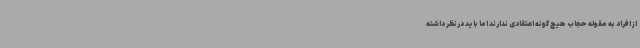
از افراد به مقوله حجاب هیچ گونه اعتقادی ندارند اما باید درنظر داشته